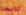
نابغة